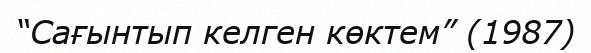
“Сағынтып келген көктем” (1987)